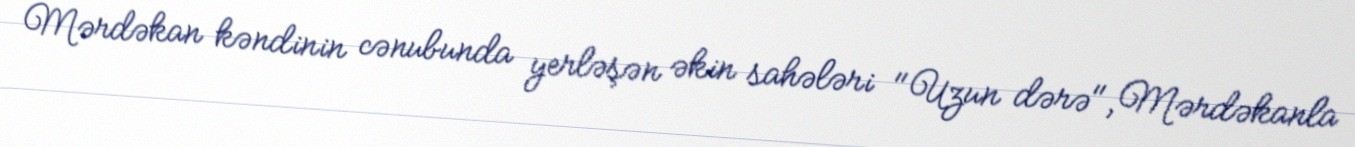
Mərdəkan kəndinin cənubunda yerləşən əkin sahələri "Uzun dərə", Mərdəkanla